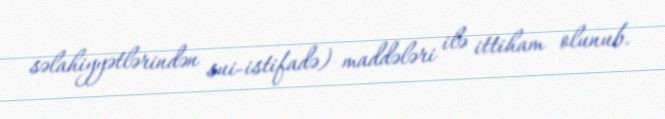
səlahiyyətlərindən sui-istifadə) maddələri ilə ittiham olunub.